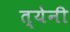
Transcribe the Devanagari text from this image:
त्येनी